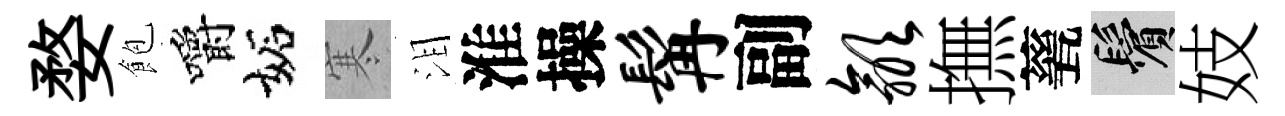
婺飽嚼妬寒泪淮操髯副歙撫甆鬢妓